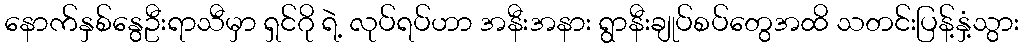
နောက်နှစ်နွေဦးရာသီမှာ ရှင်ဂို ရဲ့ လုပ်ရပ်ဟာ အနီးအနား ရွာနီးချုပ်စပ်တွေအထိ သတင်းပြန့်နှံ့သွား